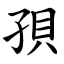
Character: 孭